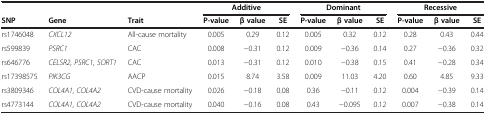
<table><thead><tr><td><b> </b></td><td><b> </b></td><td><b> </b></td><td colspan="3"><b>Additive</b></td><td colspan="3"><b>Dominant</b></td><td colspan="3"><b>Recessive</b></td></tr><tr><td><b>SNP</b></td><td><b>Gene</b></td><td><b>Trait</b></td><td><b>P-value</b></td><td><b>β value</b></td><td><b>SE</b></td><td><b>P-value</b></td><td><b>β value</b></td><td><b>SE</b></td><td><b>P-value</b></td><td><b>β value</b></td><td><b>SE</b></td></tr></thead><tbody><tr><td>rs1746048</td><td><i>CXCL12</i></td><td>All-cause mortality</td><td>0.005</td><td>0.29</td><td>0.12</td><td>0.005</td><td>0.32</td><td>0.12</td><td>0.28</td><td>0.43</td><td>0.44</td></tr><tr><td>rs599839</td><td><i>PSRC1</i></td><td>CAC</td><td>0.008</td><td>−0.31</td><td>0.12</td><td>0.009</td><td>−0.36</td><td>0.14</td><td>0.27</td><td>−0.36</td><td>0.32</td></tr><tr><td>rs646776</td><td><i>CELSR2, PSRC1, SORT1</i></td><td>CAC</td><td>0.013</td><td>−0.31</td><td>0.12</td><td>0.010</td><td>−0.38</td><td>0.15</td><td>0.41</td><td>−0.28</td><td>0.34</td></tr><tr><td>rs17398575</td><td><i>PIK3CG</i></td><td>AACP</td><td>0.015</td><td>8.74</td><td>3.58</td><td>0.009</td><td>11.03</td><td>4.20</td><td>0.60</td><td>4.85</td><td>9.33</td></tr><tr><td>rs3809346</td><td><i>COL4A1, COL4A2</i></td><td>CVD-cause mortality</td><td>0.026</td><td>−0.18</td><td>0.08</td><td>0.36</td><td>−0.11</td><td>0.12</td><td>0.004</td><td>−0.39</td><td>0.14</td></tr><tr><td>rs4773144</td><td><i>COL4A1, COL4A2</i></td><td>CVD-cause mortality</td><td>0.040</td><td>−0.16</td><td>0.08</td><td>0.43</td><td>−0.095</td><td>0.12</td><td>0.007</td><td>−0.38</td><td>0.14</td></tr></tbody></table>